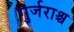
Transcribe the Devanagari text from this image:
गुर्जराश्च